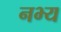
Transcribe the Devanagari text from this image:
नभ्य